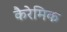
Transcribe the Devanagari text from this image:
कैरेमिक